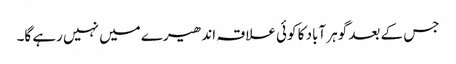
جس کے بعد گوہر آباد کا کوئی علاقہ اندھیرے میں نہیں رہے گا۔